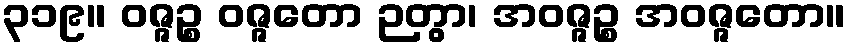
၃၁၉။ ဝဇ္ဇဉ္စ ဝဇ္ဇတော ဉတွာ၊ အဝဇ္ဇဉ္စ အဝဇ္ဇတော။